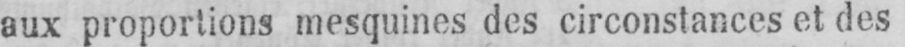
aux proportions mesquines des circonstances et des